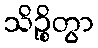
သိဉ္စိတွာ